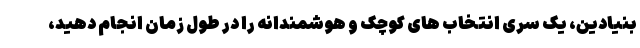
بنیادین، یک سری انتخاب های کوچک و هوشمندانه را در طول زمان انجام دهید،